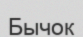
Бычок